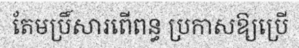
តែមប្រិ៍សារពើពន្ធ ប្រកាសឱ្យប្រើ